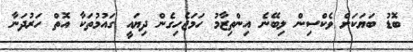
ބޮޑު ބަޔަކަށް ވެކްސިން ލިބޭނެ އިންތިޒާމު ހަަމަޖެހިގެން ދިޔައީ ގައުމުތަކާ އޮތް ހަރުދަނާ